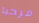
مرحبا